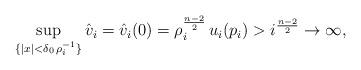
LaTeX: \begin{align*}\sup_{\{|x| < \delta_0\,\rho_i^{-1}\}} \hat v_i = \hat v_i(0) = \rho_i^{\frac{n-2}{2}}\,u_i(p_i) > i^{\frac{n-2}{2}} \rightarrow \infty,\end{align*}